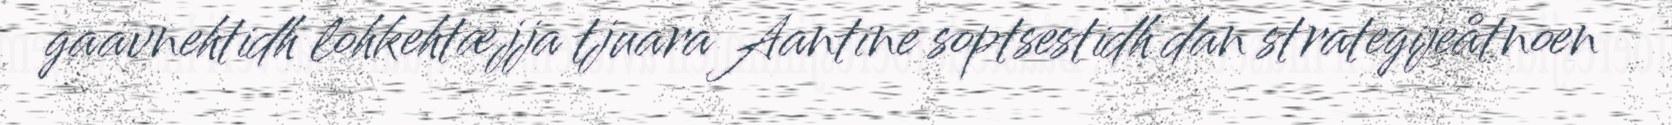
gaavnehtidh lohkehtæjja tjuara Aantine soptsestidh dan strategijeåtnoen